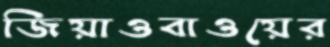
জিয়াওবাওয়ের